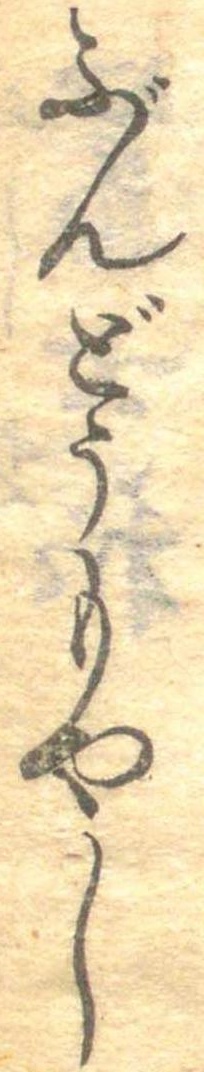
ぶんどうもやし